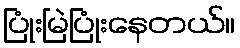
ပြုံးမြဲပြုံးနေတယ်။